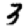
Digit: 3